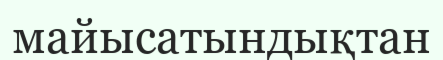
майысатындықтан